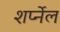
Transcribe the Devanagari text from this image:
शर्प्नेल